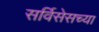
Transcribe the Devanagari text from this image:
सर्विसेसच्या